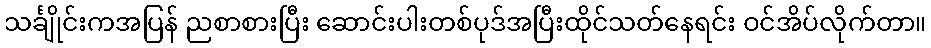
သင်္ချိုင်းကအပြန် ညစာစားပြီး ဆောင်းပါးတစ်ပုဒ်အပြီးထိုင်သတ်နေရင်း ဝင်အိပ်လိုက်တာ။